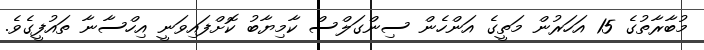
މުބާރާތުގެ 15 އަހަރުން މަތީގެ އަންހެން ސިންގަލްސް ކާމިޔާބު ކޮށްފައިވަނީ އިހްސާނާ ތައުފީގެވެ.